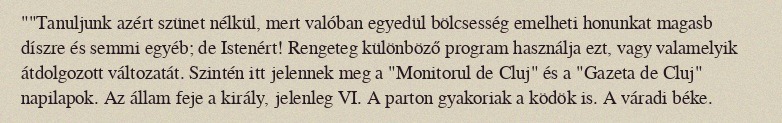
""Tanuljunk azért szünet nélkül, mert valóban egyedül bölcsesség emelheti honunkat magasb díszre és semmi egyéb; de Istenért! Rengeteg különböző program használja ezt, vagy valamelyik átdolgozott változatát. Szintén itt jelennek meg a "Monitorul de Cluj" és a "Gazeta de Cluj" napilapok. Az állam feje a király, jelenleg VI. A parton gyakoriak a ködök is. A váradi béke.